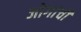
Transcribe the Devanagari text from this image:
जोगांची